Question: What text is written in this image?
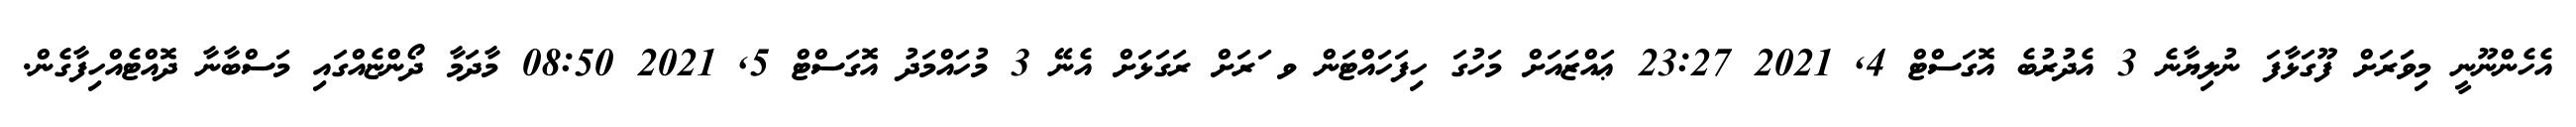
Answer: އެހެންނޫނީ މިވަަރަށް ފޫގަޅާފަ ނުލިޔާނެ 3 އެދުރުބެ އޮގަސްޓް 4, 2021 23:27 ޢައްޒައަށް މަހުގަ ހިފަހައްޓަން ވ ަރަށް ރަގަޅަށް އެނޭ 3 މުހައްމަދު އޮގަސްޓް 5, 2021 08:50 މާދަމާ ދޯންޏެއްގައި މަސްބާނާ ދޮއްޓެއްހިފާގެން.